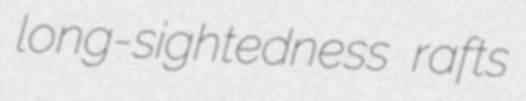
long-sightedness rafts